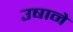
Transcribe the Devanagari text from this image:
उषाने